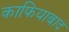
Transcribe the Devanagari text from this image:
काफियाबाद